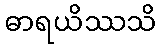
ဓာရယိဿသိ